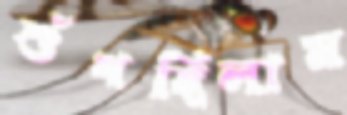
শুঁখছিলাম